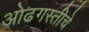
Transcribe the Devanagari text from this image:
ओढगस्तीचे